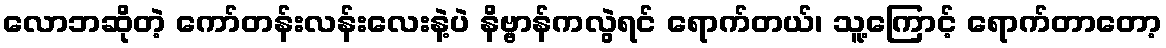
လောဘဆိုတဲ့ ကော်တန်းလန်းလေးနဲ့ပဲ နိဗ္ဗာန်ကလွဲရင် ရောက်တယ်၊ သူ့ကြောင့် ရောက်တာတော့